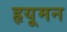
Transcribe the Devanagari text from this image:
हृयूमन